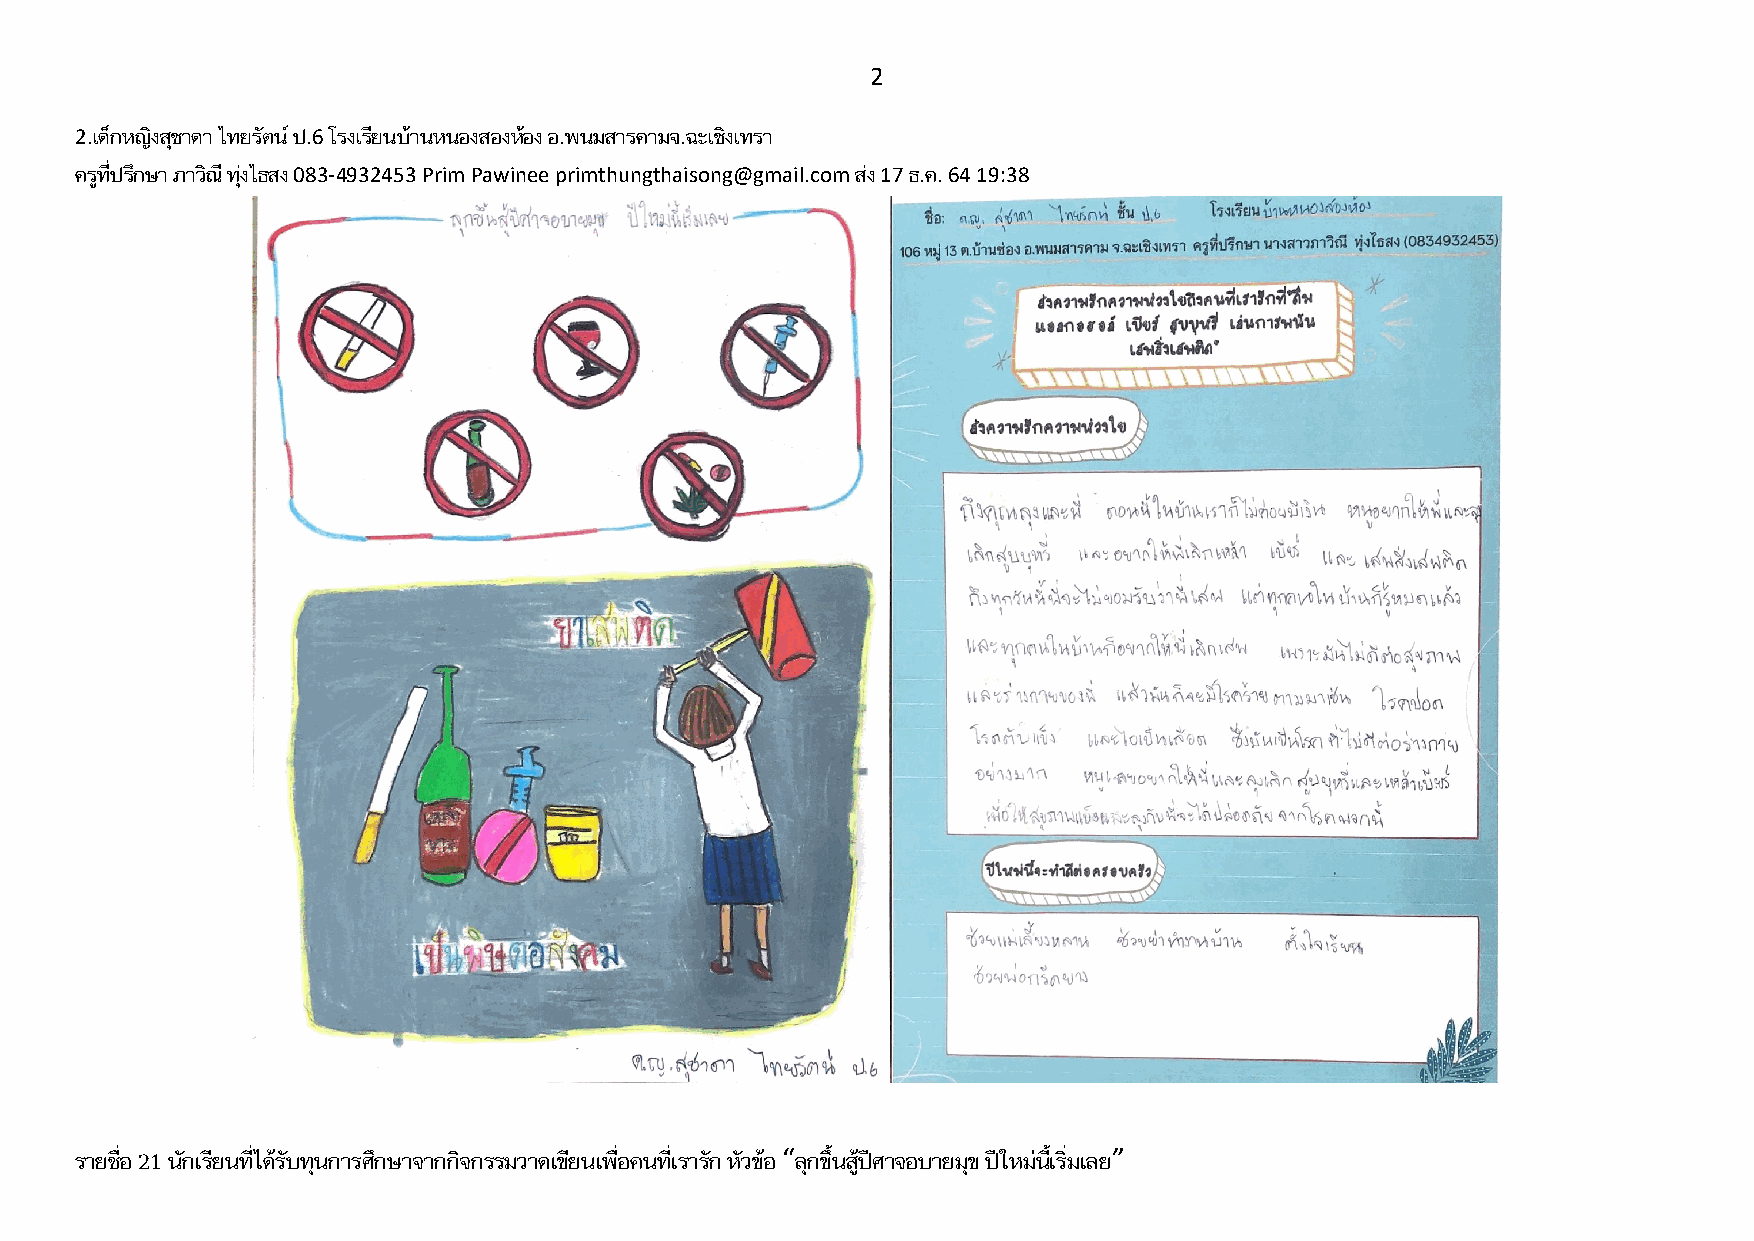
2
 2.เด็กหญิงสุชาดา ไทยรัตน์ ป.6 โรงเรียนบ้านหนองสองห้อง อ.พนมสารคามจ.ฉะเชิงเทรา
 ครูที่ปรึกษา ภาวิณี ทุ่งไธสง 083-4932453 Prim Pawinee primthungthaisong@gmail.com ส่ง 17 ธ.ค. 64 19:38
 รายชื่อ 21 นักเรียนที่ได้รับทุนการศึกษาจากกิจกรรมวาดเขียนเพื่อคนที่เรารัก หัวข้อ “ลุกขึ้นสู้ปีศาจอบายมุข ปีใหม่นี้เริ่มเลย”